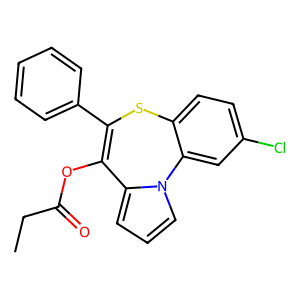
SMILES: CCC(=O)OC1=C(c2ccccc2)Sc2ccc(Cl)cc2-n2cccc21
Inhibits HIV replication: No